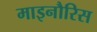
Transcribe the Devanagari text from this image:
माइनौरिस